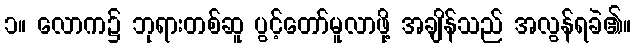
၁။ လောက၌ ဘုရားတစ်ဆူ ပွင့်တော်မူလာဖို့ အချိန်သည် အလွန်ရခဲ၏။